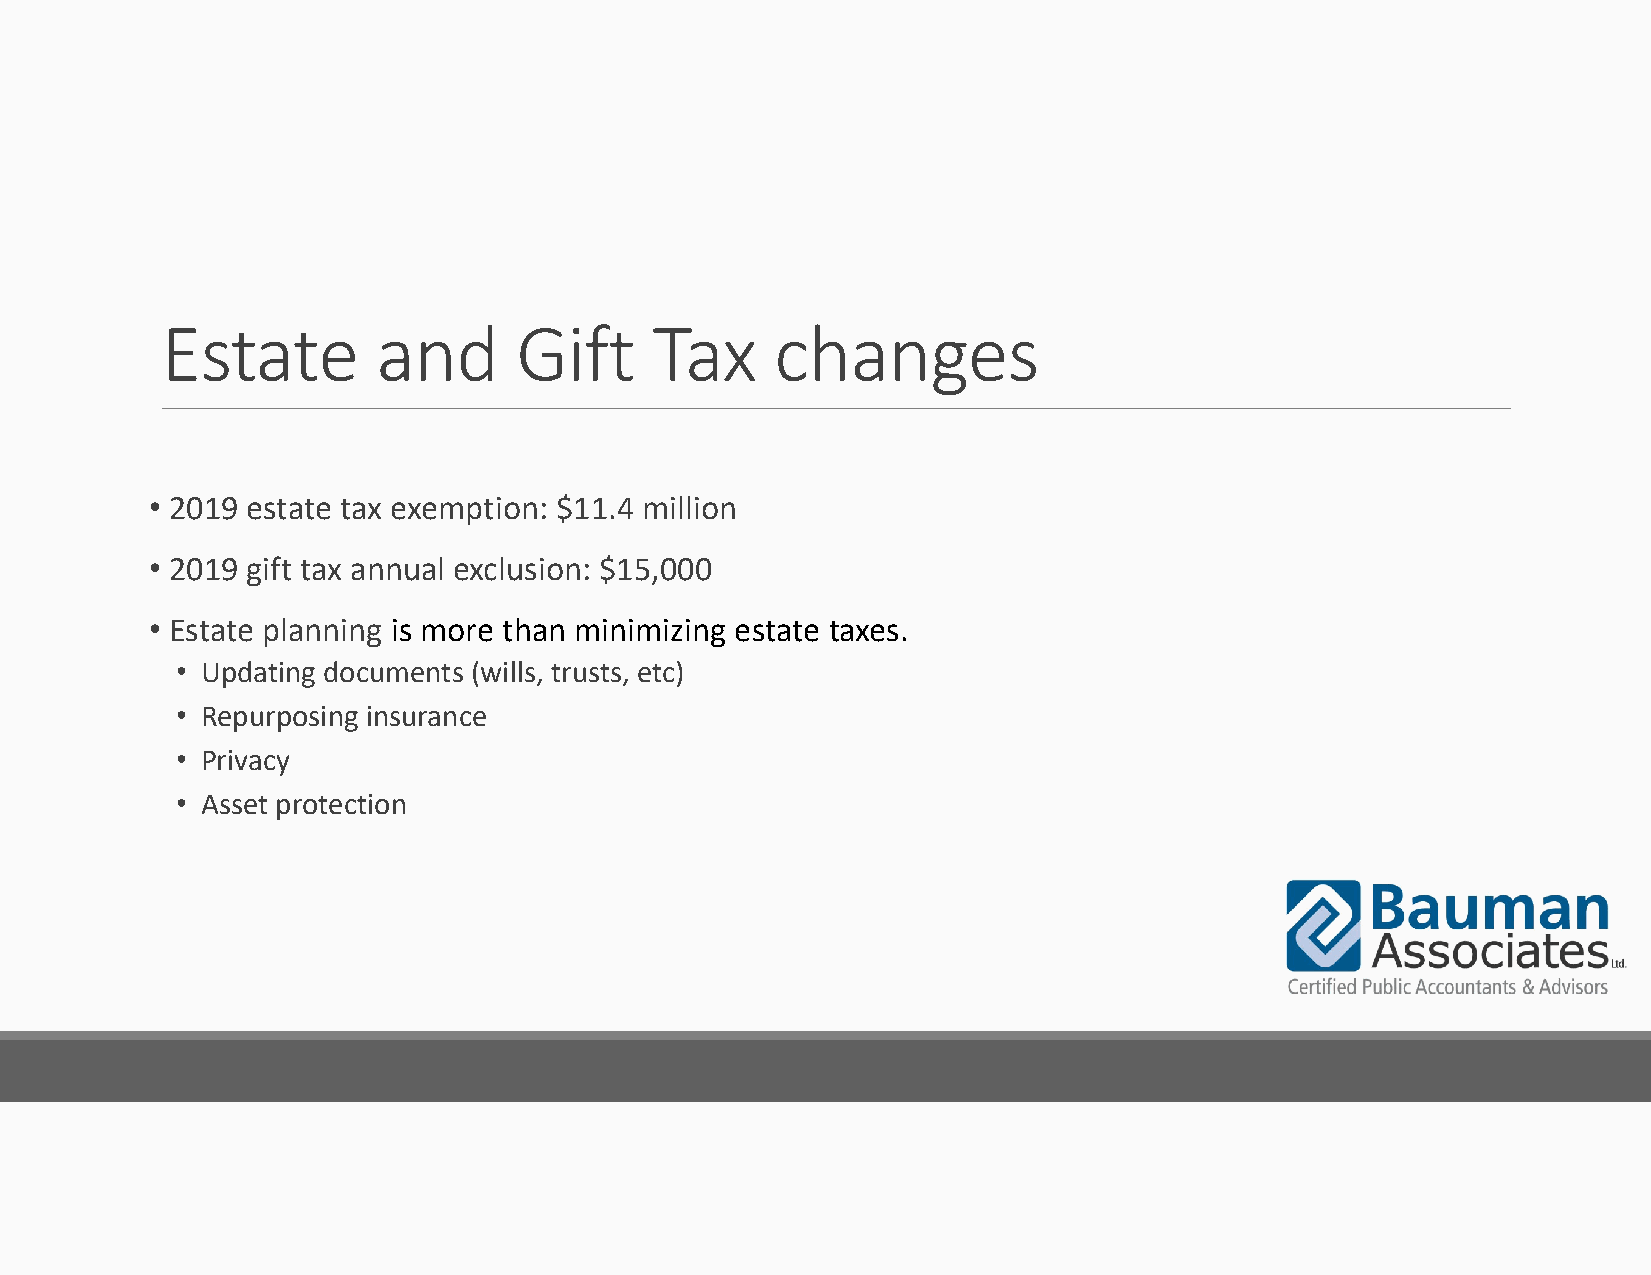
Estate        and      Gift     Tax     changes
 • 2019 estate tax exemption: $11.4 million
 • 2019 gift tax annual exclusion: $15,000
 • Estate planning is more than minimizing estate taxes.
 • Updating documents (wills, trusts, etc)
 • Repurposing insurance
 • Privacy
 • Asset protection